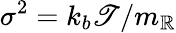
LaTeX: \sigma^{2}=k_{b}\mathscr{T}/m_{\mathbb{R}}